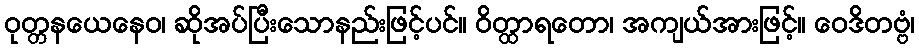
ဝုတ္တနယေနေဝ၊ ဆိုအပ်ပြီးသောနည်းဖြင့်ပင်။ ဝိတ္ထာရတော၊ အကျယ်အားဖြင့်။ ဝေဒိတဗ္ဗံ၊